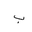
Letter: _ba